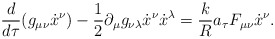
\begin{align*}\frac{d}{d\tau}(g_{\mu \nu} {\dot{x}}^\nu) - \frac{1}{2}\partial_\mu g_{\nu \lambda} {\dot{x}}^\nu {\dot{x}}^\lambda = \frac{k}{R}{a_\tau} F_{\mu \nu} {\dot{x}}^\nu .\end{align*}